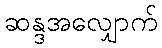
ဆန္ဒအလျှောက်